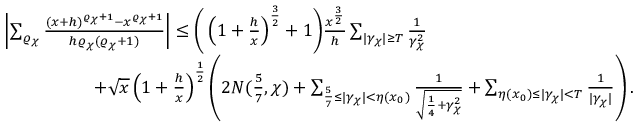
\begin{array} { r l } & { \left| \sum _ { \varrho _ { \chi } } \frac { ( x + h ) ^ { \varrho _ { \chi } + 1 } - x ^ { \varrho _ { \chi } + 1 } } { h \varrho _ { \chi } ( \varrho _ { \chi } + 1 ) } \right| \leq \bigg ( \left( 1 + \frac { h } { x } \right) ^ { \frac { 3 } { 2 } } + 1 \bigg ) \frac { x ^ { \frac { 3 } { 2 } } } { h } \sum _ { | \gamma _ { \chi } | \geq T } \frac { 1 } { \gamma _ { \chi } ^ { 2 } } } \\ & { \qquad \qquad \quad + \sqrt { x } \left( 1 + \frac { h } { x } \right) ^ { \frac { 1 } { 2 } } \left( 2 N ( \frac { 5 } { 7 } , \chi ) + \sum _ { \frac { 5 } { 7 } \leq | \gamma _ { \chi } | < \eta ( x _ { 0 } ) } \frac { 1 } { \sqrt { \frac { 1 } { 4 } + \gamma _ { \chi } ^ { 2 } } } + \sum _ { \eta ( x _ { 0 } ) \leq | \gamma _ { \chi } | < T } \frac { 1 } { | \gamma _ { \chi } | } \right) . } \end{array}